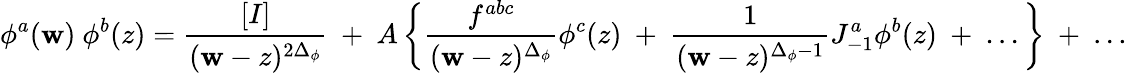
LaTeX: \phi^{a}(\mathbf{w})~\phi^{b}(z)={\frac{{[I]}}{{(\mathbf{w}-z)^{2\Delta_{\phi}}}}}~+~A\left\{ {\frac{{f^{abc}}}{{(\mathbf{w}-z)^{\Delta_{\phi}}}}}\phi^{c}(z)~+~{\frac{{1}}{{(\mathbf{w}-z)^{\Delta_{\phi}-1}}}}J_{-1}^{a}\phi^{b}(z){}~+~...\right\} ~+~...